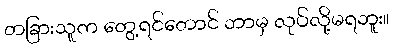
တခြားသူက တွေ့ရင်တောင် ဘာမှ လုပ်လို့မရဘူး။